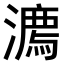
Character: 𣿕